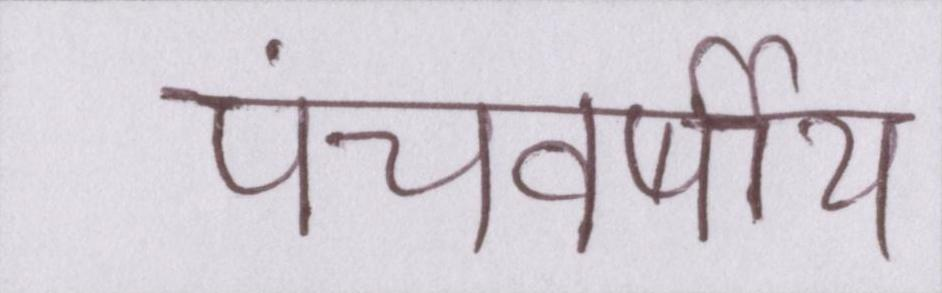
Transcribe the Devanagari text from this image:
पंचवर्षीय